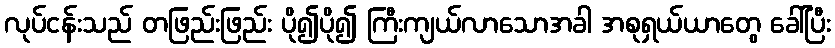
လုပ်ငန်းသည် တဖြည်းဖြည်း ပို၍ပို၍ ကြီးကျယ်လာသောအခါ အစုရှယ်ယာတွေ ခေါ်ပြီး